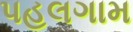
પહલગામ